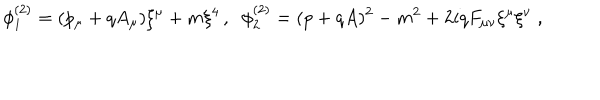
LaTeX: \phi _ { 1 } ^ { ( 2 ) } = ( p _ { \mu } + q A _ { \mu } ) \xi ^ { \mu } + m \xi ^ { 4 } \, , \; \; \phi _ { 2 } ^ { ( 2 ) } = ( p + q A ) ^ { 2 } - m ^ { 2 } + 2 i q F _ { \mu \nu } \xi ^ { \mu } \xi ^ { \nu } \; ,